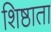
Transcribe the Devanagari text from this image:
शिष्ठाता